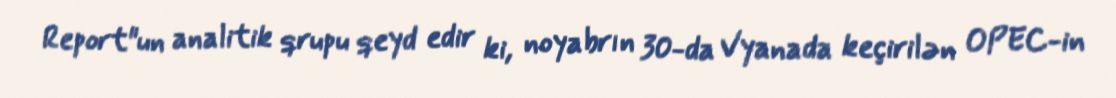
Report"un analitik qrupu qeyd edir ki, noyabrın 30-da Vyanada keçirilən OPEC-in